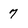
Character: 7